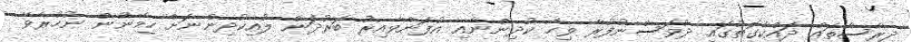
ދިރާސާތައް ދައްކާގޮތުގައި ދުވަސްނުފުރާ ވިހާ ކުދިންނާއި އުފަންވާއިރު ބަރުދަން ލުއިކުދިންނަށް ހިމޭނުން ނުހުރެވޭ